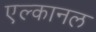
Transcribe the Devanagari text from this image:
एल्कानल